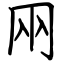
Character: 㒳